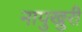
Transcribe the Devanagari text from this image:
नापुखुरी